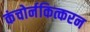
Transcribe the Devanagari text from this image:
कंचोर्नकित्करन